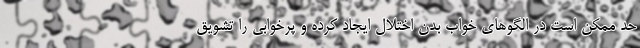
حد ممکن است در الگوهای خواب بدن اختلال ایجاد کرده و پرخوابی را تشویق